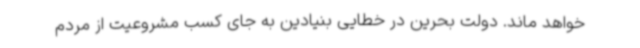
خواهد ماند. دولت بحرین در خطایی بنیادین به جای کسب مشروعیت از مردم